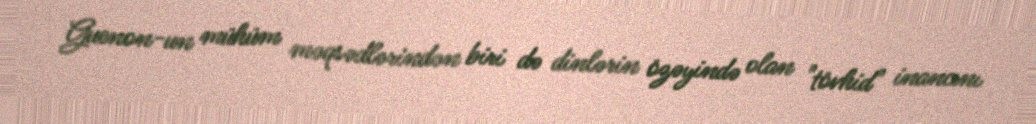
Guenon-un mühüm məqsədlərindən biri də dinlərin özəyində olan "tövhid" inancını